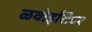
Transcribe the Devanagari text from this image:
ळवोइसिएर